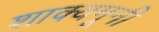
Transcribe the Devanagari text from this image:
शाक्यमूनी